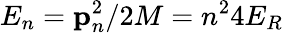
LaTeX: E_{n}=\textbf{p}_{n}^{2}/2M=n^{2}4E_{R}